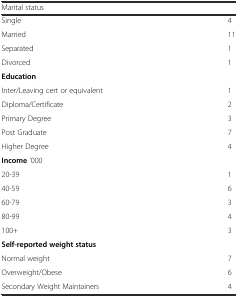
| Marital status |  |
 | --- | --- |
 | Single | 4 |
 | Married | 11 |
 | Separated | 1 |
 | Divorced | 1 |
 | Education |  |
 | Inter/Leaving cert or equivalent | 1 |
 | Diploma/Certificate | 2 |
 | Primary Degree | 3 |
 | Post Graduate | 7 |
 | Higher Degree | 4 |
 | Income '000 |  |
 | 20-39 | 1 |
 | 40-59 | 6 |
 | 60-79 | 3 |
 | 80-99 | 4 |
 | 100+ | 3 |
 | Self-reported weight status |  |
 | Normal weight | 7 |
 | Overweight/Obese | 6 |
 | Secondary Weight Maintainers | 4 |